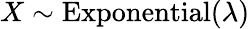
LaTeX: X\sim{\textrm{Exponential}}(\lambda)